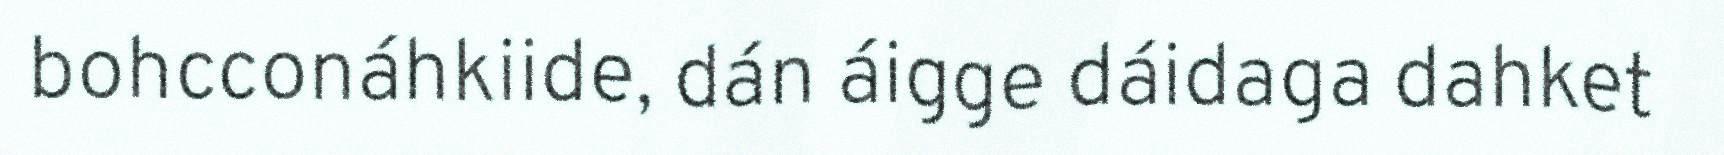
bohcconáhkiide, dán áigge dáidaga dahket